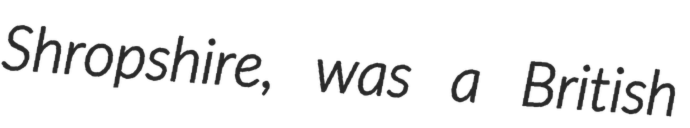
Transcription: Shropshire, was a British